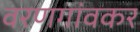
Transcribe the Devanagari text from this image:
वरणगांवकर